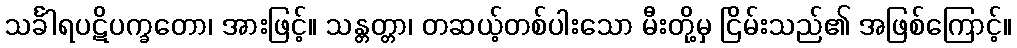
သင်္ခါရပဋိပက္ခတော၊ အားဖြင့်။ သန္တတ္တာ၊ တဆယ့်တစ်ပါးသော မီးတို့မှ ငြိမ်းသည်၏ အဖြစ်ကြောင့်။